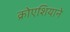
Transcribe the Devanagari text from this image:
क्रोएशियाने